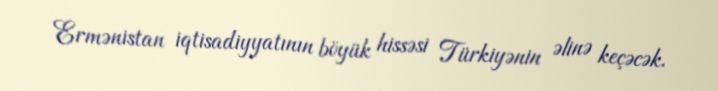
Ermənistan iqtisadiyyatının böyük hissəsi Türkiyənin əlinə keçəcək.